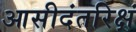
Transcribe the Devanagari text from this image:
आसीदंतरिक्षं